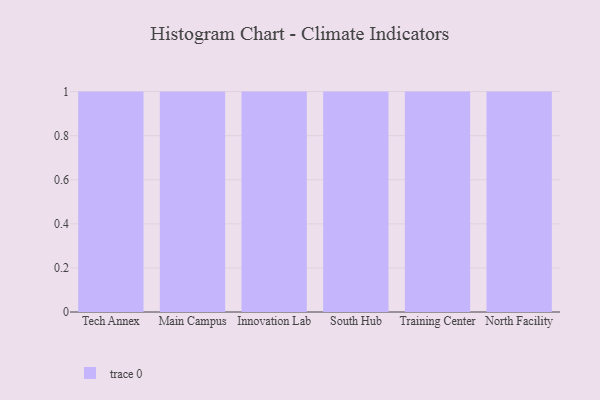
{"axis": {"x": "Campus", "y": "Production Output"}, "legend": [""], "data": [{"x": "Tech Annex", "y": 46, "type": ""}, {"x": "Main Campus", "y": 90, "type": ""}, {"x": "Innovation Lab", "y": 97, "type": ""}, {"x": "South Hub", "y": 64, "type": ""}, {"x": "Training Center", "y": 71, "type": ""}, {"x": "North Facility", "y": 46, "type": ""}]}